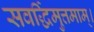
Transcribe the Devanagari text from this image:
सवर्द्धिमुत्तमाम्‌।